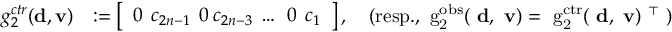
\begin{array} { r l } { g _ { 2 } ^ { c t r } ( { \bf d } , { \bf v } ) } & { : = \left[ \begin{array} { l } { 0 \: \: c _ { 2 n - 1 } \: \: 0 \: c _ { 2 n - 3 } \: \hdots \: \: 0 \: \: c _ { 1 } } \end{array} \right] , \quad \mathrm { ( r e s p . , ~ g ^ { o b s } _ 2 ( { \bf ~ d } , { \bf ~ v } ) = ~ g ^ { c t r } _ 2 ( { \bf ~ d } , { \bf ~ v } ) ~ ^ { \top } ~ ) } } \end{array}